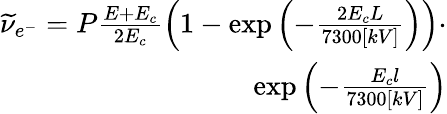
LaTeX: \begin{array}{r}{\widetilde{\nu}_{e^{-}}=P\frac{E+E_{c}}{2E_{c}}\left(1-\exp\left(-\frac{2E_{c}L}{7300[kV]}\right)\right)\cdot}\\ {\exp\left(-\frac{E_{c}l}{7300[kV]}\right)}\end{array}